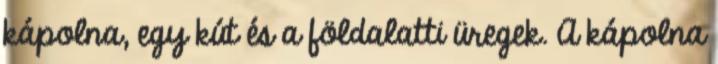
kápolna, egy kút és a földalatti üregek. A kápolna